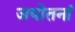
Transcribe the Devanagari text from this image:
जयोतनां